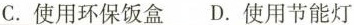
C.使用环保饭盒D.使用节能灯